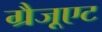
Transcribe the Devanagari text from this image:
ग्रैजूएट